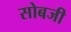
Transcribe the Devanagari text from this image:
सोबजी